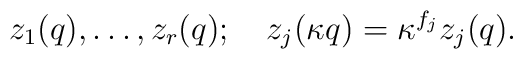
z_1(q),\ldots,z_r(q);\quad z_j(\kappa q)=\kappa^{f_j}z_j(q).